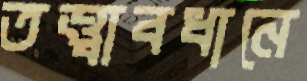
তত্ত্বাবধানে